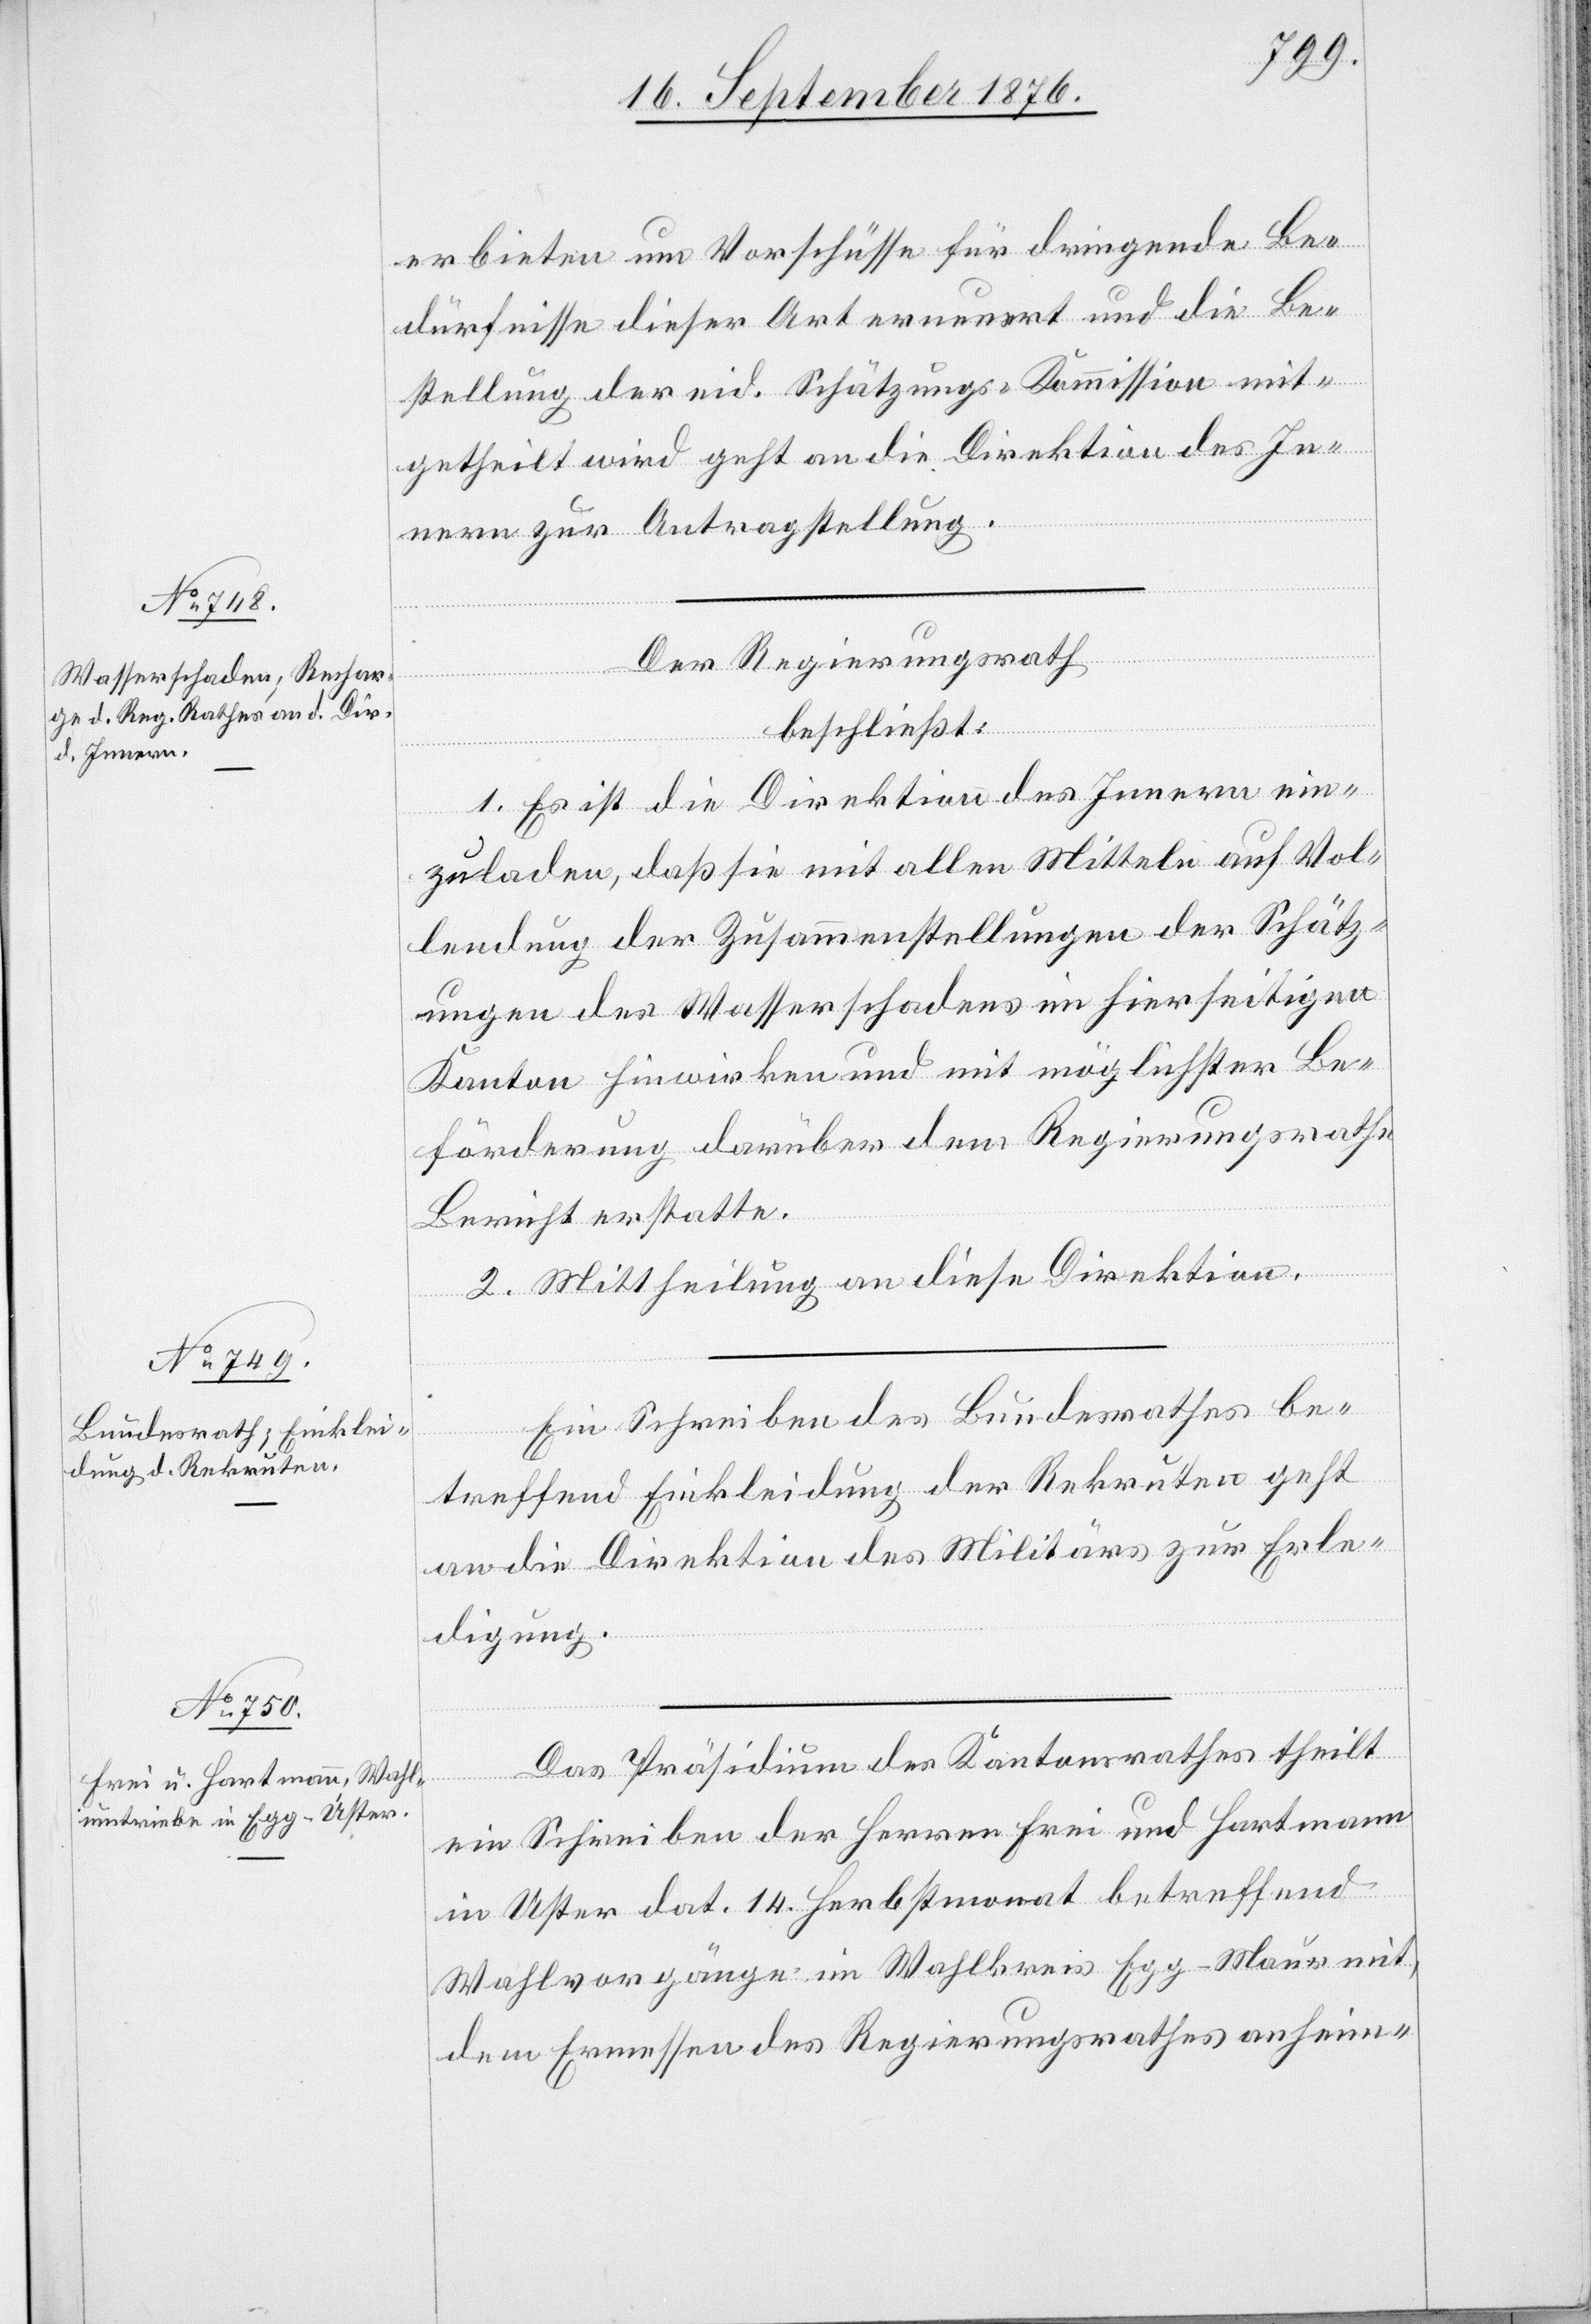
erbieten um Vorschüsse für dringende Be¬
dürfnisse dieser Art erneuert und die Be¬
stellung der eid. Schätzungs-Kommission mit¬
getheilt wird geht an die Direktion des In¬
nern zur Antragstellung.
Der Regierungsrath
beschließt:
1. Es ist die Direktion des Innern ein¬
zuladen, daß sie mit allen Mitteln auf Vol¬
lendung der Zusammenstellungen der Schätz¬
ungen des Wasserschadens im hierseitigen
Kanton hinwirken und mit möglichster Be¬
förderung darüber dem Regierungsrathe
Bericht erstatte.
2. Mittheilung an diese Direktion.
Ein Schreiben des Bundesrathes be¬
treffend Einkleidung der Rekruten geht
an die Direktion des Militärs zur Erle¬
digung.
Das Präsidium des Kantonsrathes theilt
ein Schreiben des Herren Frei und Hartmann
in Uster dat. 14. Herbstmonat betreffend
Wahlvorgänge im Wahlkreis Egg-Maur mit,
dem Ermessen des Regierungsrathes anheim-